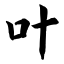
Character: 叶